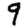
Digit: 9